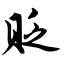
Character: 贬